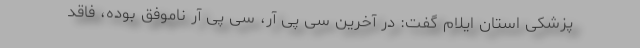
پزشکی استان ایلام گفت: در آخرین سی پی آر، سی پی آر ناموفق بوده، فاقد